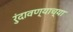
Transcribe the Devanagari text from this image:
रुंदावण्याच्या